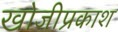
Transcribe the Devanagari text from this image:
खोजीप्रकाश